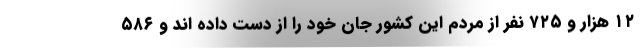
۱۲ هزار و ۷۲۵ نفر از مردم این کشور جان خود را از دست داده اند و ۵۸۶